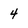
Character: 4